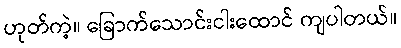
ဟုတ်ကဲ့။ ခြောက်သောင်းငါးထောင် ကျပါတယ်။